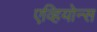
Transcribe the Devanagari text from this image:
एव्हियोन्स